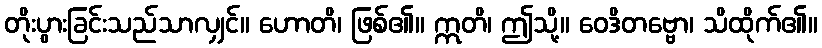
တိုးပွားခြင်းသည်သာလျှင်။ ဟောတိ၊ ဖြစ်၏။ ဣတိ၊ ဤသို့။ ဝေဒိတဗ္ဗော၊ သိထိုက်၏။